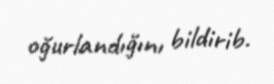
oğurlandığını bildirib.